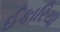
ઈકારિયા